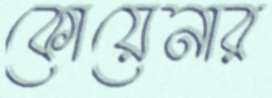
কোয়েনার